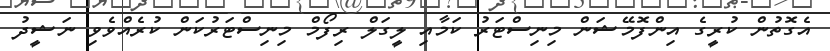
އެގޮތުން ކުރީގެ އިންފޮމޭޝަން މިނިސްޓަރު ކަމާއި ލީގަލް ރިފޯމް މިނިސްޓަރުކަން ކުރެއްވެވި ނަޝީދު